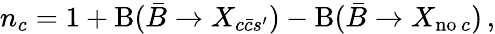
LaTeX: n_{c}=1+\mathrm{B}(\bar{B}\to X_{c\bar{c}s^{\prime}})-\mathrm{B}(\bar{B}\to X_{\mathrm{no}\, c})\, ,